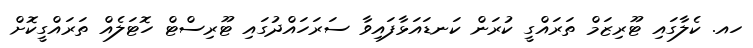
ހއ. ކެލާގައި ޓޫރިޒަމް ތަރައްގީ ކުރަން ކަނޑައަޅާފައިވާ ސަރަހައްދުގައި ޓޫރިސްޓް ހޮޓަލެއް ތަރައްގީކޮށް